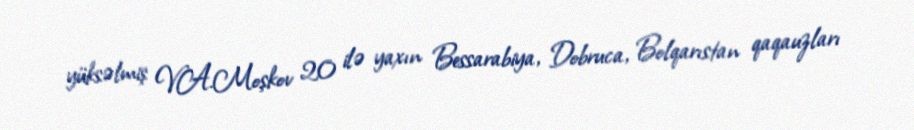
yüksəlmiş V.A.Moşkov 20 ilə yaxın Bessarabiya, Dobruca, Bolqarıstan qaqauzları